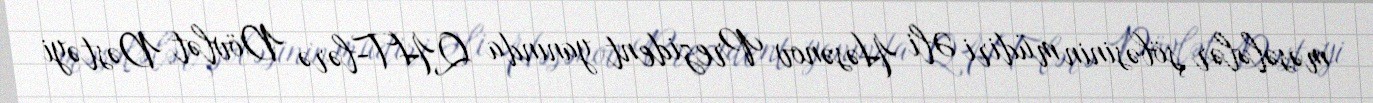
məsələlər şöbəsinin müdiri Əli Həsənov Prezident yanında QHT-lərə Dövlət Dəstəyi